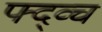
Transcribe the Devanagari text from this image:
फ्द्व्च